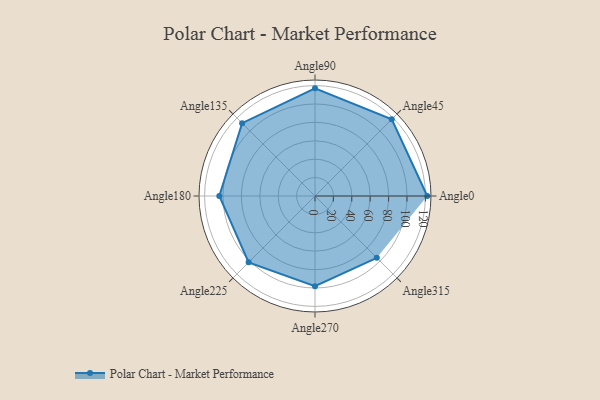
{"axis": {"x": "Angle", "y": "Radius"}, "legend": [""], "data": [{"x": "Angle0", "y": 122.0, "type": ""}, {"x": "Angle45", "y": 118.0, "type": ""}, {"x": "Angle90", "y": 117.0, "type": ""}, {"x": "Angle135", "y": 112.0, "type": ""}, {"x": "Angle180", "y": 104.0, "type": ""}, {"x": "Angle225", "y": 102.0, "type": ""}, {"x": "Angle270", "y": 98.0, "type": ""}, {"x": "Angle315", "y": 95.0, "type": ""}]}